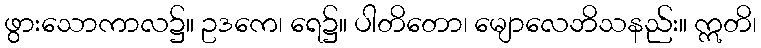
ဖွားသောကာလ၌။ ဥဒကေ၊ ရေ၌။ ပါတိတော၊ မျောလေဘိသနည်း။ ဣတိ၊